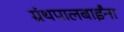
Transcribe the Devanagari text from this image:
ग्रंथपालबाईंना